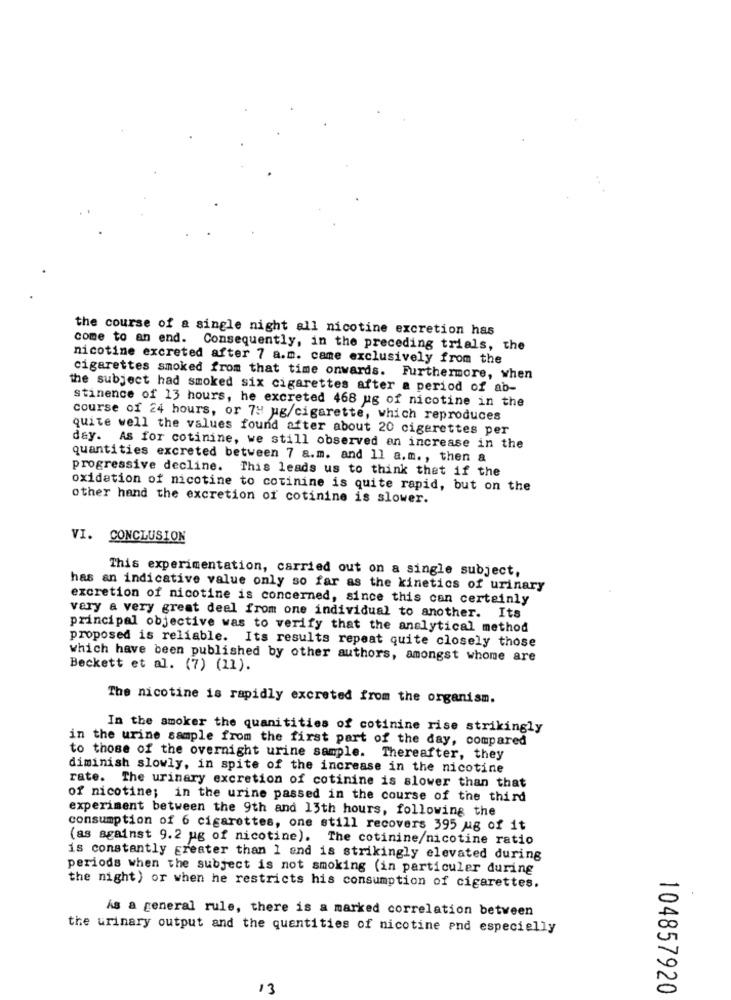
the course of a single night all nicotine excretion has
come to an end. Consequently, in the preceding trials, the
nicotine excreted after 7 a.m. came exclusively from the
cigarettes smoked from that time onwards. Furthermore, when
the subject had smoked six cigarettes after a period of ab-
stinence of 13 hours, he excreted 468 ug of nicotine in the
course of 24 hours, or 7y ug/cigarette, which reproduces
quite well the values found after about 20 cigarettes per
day. As for cotinine, we still observed an increase in the
quantities excreted between 7 a.m. and 11 a.m. , then a
progressive decline. This leads us to think that if the
oxidation of nicotine to cotinine is quite rapid, but on the
other hand the excretion of cotinine is slower.
VI. CONCLUSION
This experimentation, carried out on a single subject,
has an indicative value only so far as the kinetics of urinary
excretion of nicotine is concerned, since this can certainly
vary a very great deel from one individual to another. Its
principal objective was to verify that the analytical method
proposed is reliable. Its results repeat quite closely those
which have been published by other authors, amongst whome are
Beckett et al. (7) (11).
The nicotine is rapidly excreted from the organism.
In the smoker the quanitities of cotinine rise strikingly
in the urine sample from the first part of the day, compared
to those of the overnight urine sample. Thereafter, they
diminish slowly, in spite of the increase in the nicotine
rate. The urinary excretion of cotinine is slower than that
of nicotine; in the urine passed in the course of the third
experiment between the 9th and 13th hours, following the
consumption of 6 cigarettes, one still recovers 395 ug of it
(as against 9.2 ug of nicotine). The cotinine/nicotine ratio
is constantly greater than 1 and is strikingly elevated during
periods when the subject is not smoking (in particuler during
the night) or when he restricts his consumption of cigarettes.
As a general rule, there is a marked correlation between
the urinary output and the quantities of nicotine and especially
13
104857920